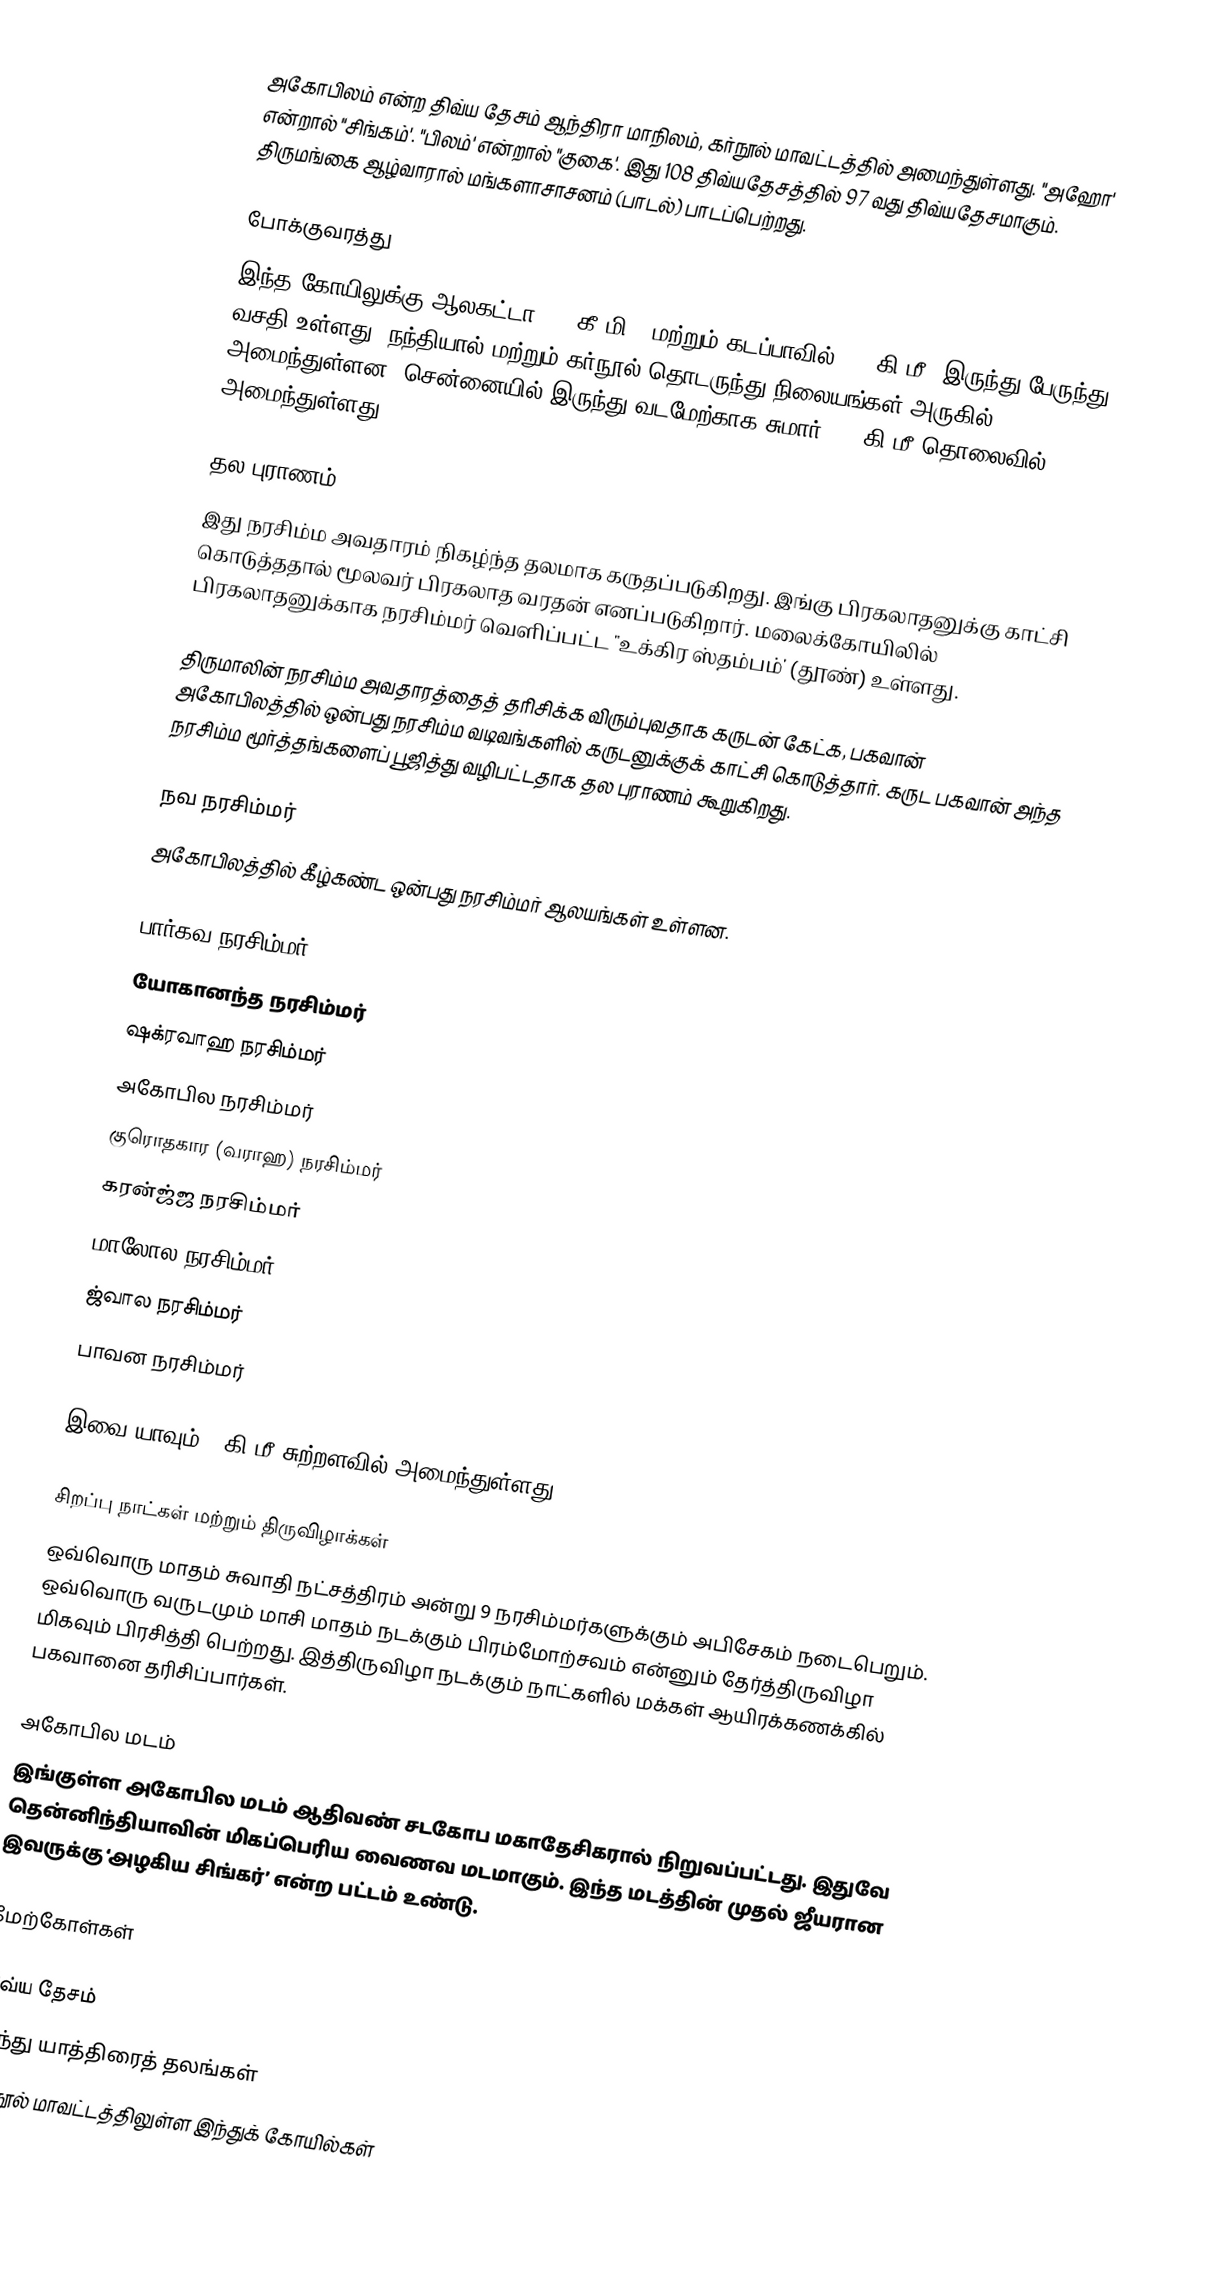
அகோபிலம் என்ற திவ்ய தேசம் ஆந்திரா மாநிலம், கர்நூல் மாவட்டத்தில் அமைந்துள்ளது. "அஹோ' என்றால் "சிங்கம்'. "பிலம்' என்றால் "குகை'. இது 108 திவ்யதேசத்தில் 97 வது திவ்யதேசமாகும். திருமங்கை ஆழ்வாரால் மங்களாசாசனம் (பாடல்) பாடப்பெற்றது.

போக்குவரத்து
இந்த கோயிலுக்கு ஆலகட்டா (23 கீ.மி.) மற்றும் கடப்பாவில் (70 கி.மீ)  இருந்து பேருந்து வசதி உள்ளது.  நந்தியால் மற்றும் கர்நூல் தொடருந்து நிலையங்கள் அருகில் அமைந்துள்ளன. சென்னையில் இருந்து வடமேற்காக சுமார் 400 கி.மீ தொலைவில் அமைந்துள்ளது.

தல புராணம்
இது நரசிம்ம அவதாரம் நிகழ்ந்த தலமாக கருதப்படுகிறது. இங்கு பிரகலாதனுக்கு காட்சி கொடுத்ததால் மூலவர் பிரகலாத வரதன் எனப்படுகிறார். மலைக்கோயிலில் பிரகலாதனுக்காக நரசிம்மர் வெளிப்பட்ட "உக்கிர ஸ்தம்பம்' (தூண்) உள்ளது.

திருமாலின் நரசிம்ம அவதாரத்தைத் தரிசிக்க விரும்புவதாக கருடன் கேட்க, பகவான் அகோபிலத்தில் ஒன்பது நரசிம்ம வடிவங்களில் கருடனுக்குக் காட்சி கொடுத்தார். கருட பகவான் அந்த நரசிம்ம மூர்த்தங்களைப் பூஜித்து வழிபட்டதாக தல புராணம் கூறுகிறது.

நவ நரசிம்மர்
அகோபிலத்தில் கீழ்கண்ட ஒன்பது நரசிம்மர் ஆலயங்கள் உள்ளன.

 பார்கவ நரசிம்மர்
 யோகானந்த நரசிம்மர்
 ஷக்ரவாஹ நரசிம்மர்
 அகோபில நரசிம்மர்
 குரொதகார (வராஹ) நரசிம்மர்
 கரன்ஜ்ஜ நரசிம்மர்
 மாலோல நரசிம்மர்
 ஜ்வால நரசிம்மர்
 பாவன நரசிம்மர்

இவை யாவும் 5 கி.மீ சுற்றளவில் அமைந்துள்ளது.

சிறப்பு  நாட்கள் மற்றும் திருவிழாக்கள்
ஒவ்வொரு மாதம் சுவாதி நட்சத்திரம் அன்று 9 நரசிம்மர்களுக்கும் அபிசேகம் நடைபெறும். ஒவ்வொரு வருடமும் மாசி மாதம் நடக்கும் பிரம்மோற்சவம் என்னும் தேர்த்திருவிழா மிகவும் பிரசித்தி பெற்றது. இத்திருவிழா நடக்கும் நாட்களில் மக்கள் ஆயிரக்கணக்கில் பகவானை தரிசிப்பார்கள்.

அகோபில மடம்
இங்குள்ள அகோபில மடம் ஆதிவண் சடகோப மகாதேசிகரால் நிறுவப்பட்டது. இதுவே தென்னிந்தியாவின் மிகப்பெரிய வைணவ மடமாகும். இந்த மடத்தின் முதல் ஜீயரான இவருக்கு ‘அழகிய சிங்கர்’ என்ற பட்டம் உண்டு.

மேற்கோள்கள்

திவ்ய தேசம்
இந்து யாத்திரைத் தலங்கள்
கர்நூல் மாவட்டத்திலுள்ள இந்துக் கோயில்கள்